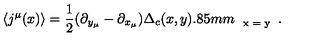
\langle j ^ { \mu } ( x ) \rangle = \frac { 1 } { 2 } ( \partial _ { y _ { \mu } } - \partial _ { x _ { \mu } } ) \Delta _ { c } ( x , y ) \raisebox { - 2 . 8 5 m m } { \scriptsize { x = y } } .